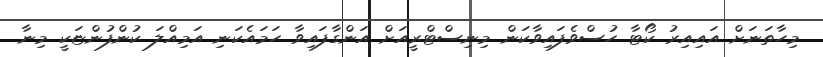
މިހާތަނަށް އައިއިރު ކޯޓާ ހުސްވެފައިވާކަން މިނިސްޓްރީއަށް އަންގާފައިވާ ހަމައެކަނި އަމިއްލަ ކުންފުންޏަކީ މިނާ